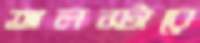
অলস্টারে